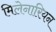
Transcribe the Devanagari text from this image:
मिलेनारियन